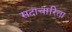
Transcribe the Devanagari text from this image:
सदाचारिता